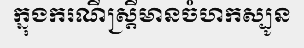
ក្នុងករណីស្ត្រីមានចំហកស្បូន